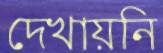
দেখায়নি